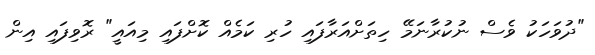
"ދުވަހަކު ވެސް ނުކުރާނަމޭ ހިތަށްއަރާފައި ހުރި ކަމެއް ކޮށްފައި މިއައީ" ރޮވިފައި އިން